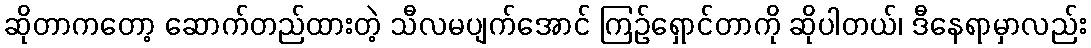
ဆိုတာကတော့ ဆောက်တည်ထားတဲ့ သီလမပျက်အောင် ကြဉ်ရှောင်တာကို ဆိုပါတယ်၊ ဒီနေရာမှာလည်း